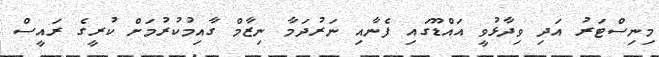
މިނިސްޓަރު އަދި ވިދާޅުވީ އައްޑޫގައި ފެނާއި ނަރުދަމާ ނިޒާމް ގާއިމުކުރުމަށް ކުރީގެ ރައީސް